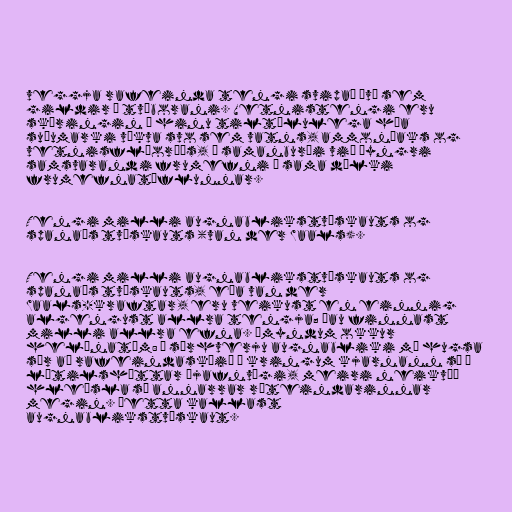
veggja rafeinda tengi svipað því sem
gildir í tvíborani. Vetnistengi eru
skýringin á hinu tiltölulega háa
suðumarki vökva svo sem vatns, ammoníaks og
vetnisflúoríðs, í samanburði við þyngri
samsvarandi frumefni í sama dálki
frumefnatöflunnar.

Tengi milli augnablikstvískauts og
spanaðs tvískauts (van der Waals).

Tengi milli augnablikstvískauts og
spanaðs tvískauts, eða van der
Waals-kraftar, eru veikust en einnig
algengust allra tengja; þau finnast
milli allra efna. Ímyndum okkur
helínatóm: Á sérhverju augnabliki má hugsa
sér að rafeindaskýið í kringum kjarnann sé í
lítilsháttar ójafnvægi, meiri neikvæð
hleðsla sé annarrar róteindarinnar
megin. Þetta kallast
augnablikstvískaut.